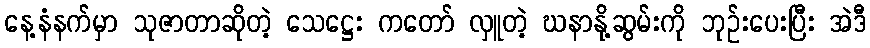
နေ့နံနက်မှာ သုဇာတာဆိုတဲ့ သေဋ္ဌေး ကတော် လှူတဲ့ ဃနာနို့ဆွမ်းကို ဘုဉ်းပေးပြီး အဲဒီ